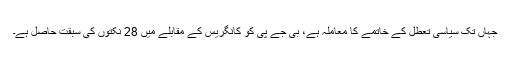
جہاں تک سیاسی تعطل کے خاتمے کا معاملہ ہے، بی جے پی کو کانگریس کے مقابلے میں 28 نکتوں کی سبقت حاصل ہے۔